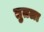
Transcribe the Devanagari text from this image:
तुतला